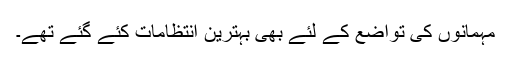
مہمانوں کی تواضع کے لئے بھی بہترین انتظامات کئے گئے تھے۔